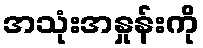
အသုံးအနှုန်းကို